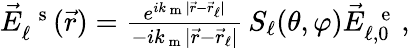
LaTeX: \begin{array}{r}{\vec{E}_{\ell}^{\mathrm{~\, ~s~}}(\vec{r})=\frac{e^{ik_{\mathrm{~m~}}|\vec{r}-\vec{r}_{\ell}|}}{-ik_{\mathrm{~m~}}|\vec{r}-\vec{r}_{\ell}|}\, S_{\ell}(\theta,\varphi)\vec{E}_{\ell,0}^{\mathrm{~\, ~e~}}\, \! \! \, \! \, \, \! \, \, \! \! \, \! \, \, \! \! \, \! \! \, \! \, \, \! \! \, \! \! \, \! \, \, \! \, \, \! \! \, \! \, \, \! \! \, \! \! \, \! \, \, \! \, \, \! \! \, \! \, \, \! \, \, \! \! \, \! \, \, \! \! \, \! \! \, \! \, \, \! \, \, \! \! \, \! \, \, \! \, \, \! \! ,}\end{array}